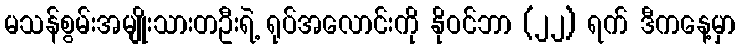
မသန်စွမ်းအမျိုးသားတဦးရဲ့ ရုပ်အလောင်းကို နိုဝင်ဘာ (၂၂) ရက် ဒီကနေ့မှာ